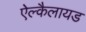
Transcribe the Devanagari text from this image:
ऐल्कैलायड